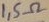
Text: 1,5Ω